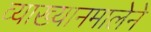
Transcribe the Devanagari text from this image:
व्याख्यानमालेने